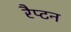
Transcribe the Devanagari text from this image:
रैप्टन